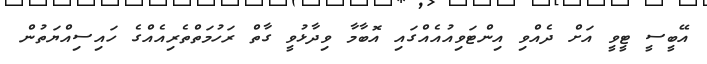
އޭބީސީ ޓީވީ އަށް ދެއްވި އިންޓަވިއުއެއްގައި އޮބާމާ ވިދާޅުވީ ގާތް ރަހުމަތްތެރިއެއްގެ ހައިސިއްޔަތުން